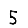
Digit: 5